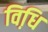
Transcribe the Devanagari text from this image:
विधि़